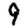
Digit: 9